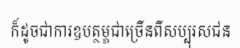
ក៏ដូចជាការឧបត្ថម្ភជាច្រើនពីសប្បុរសជន